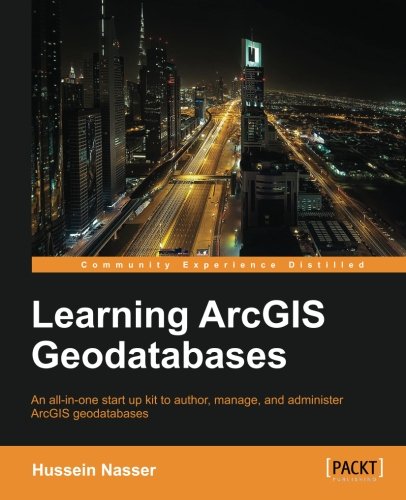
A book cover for Learning ArcGIS Geodatabase; Hussein Nasser; Computers & Technology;